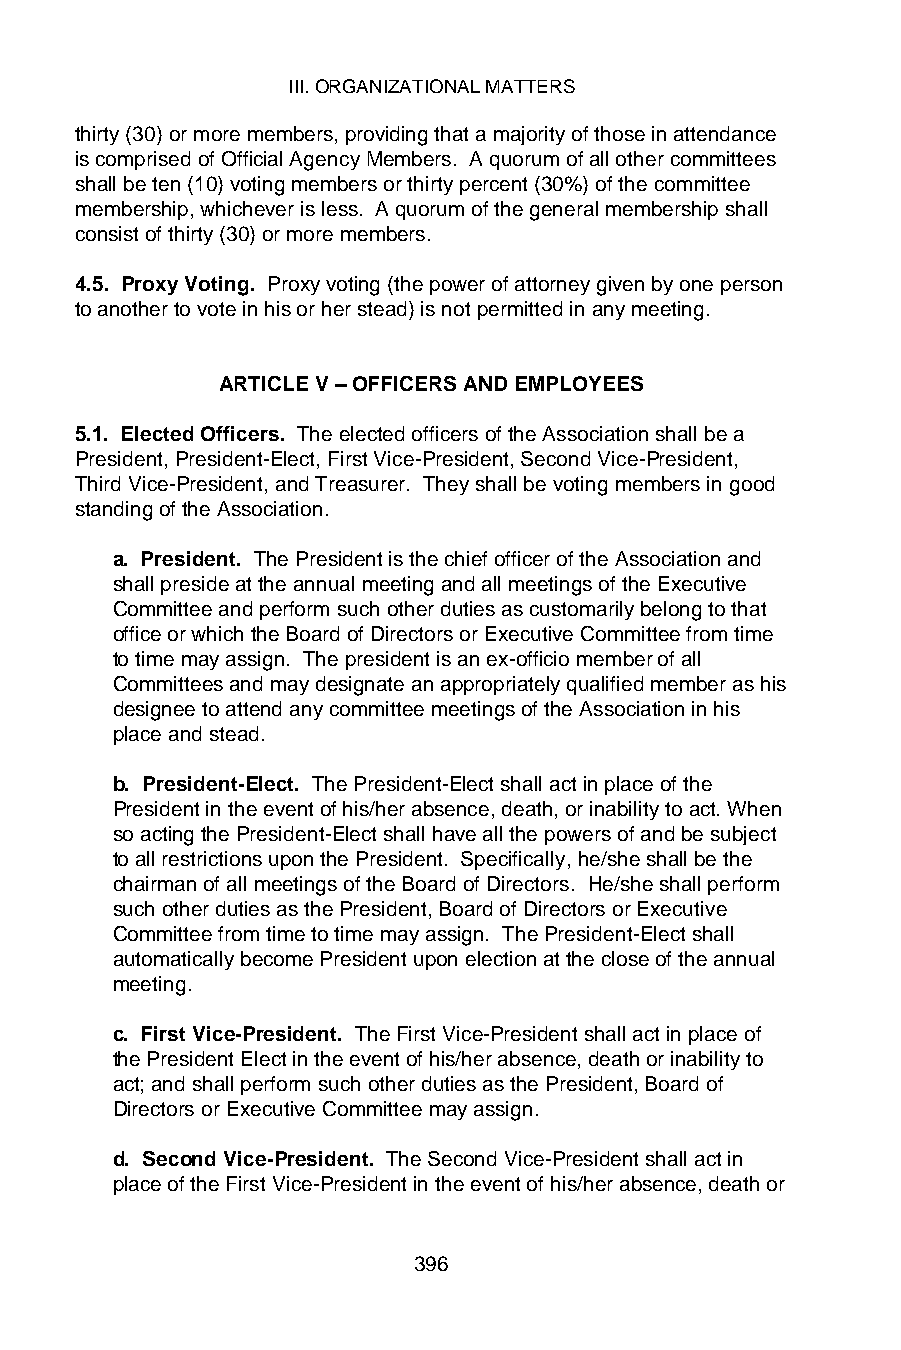
III. ORGANIZATIONAL MATTERS
 thirty (30) or more members, providing that a majority of those in attendance
 is comprised of Official Agency Members. A quorum of all other committees
 shall be ten (10) voting members or thirty percent (30%) of the committee
 membership, whichever is less. A quorum of the general membership shall
 consist of thirty (30) or more members.
 4.5. Proxy Voting. Proxy voting (the power of attorney given by one person
 to another to vote in his or her stead) is not permitted in any meeting.
 ARTICLE V – OFFICERS AND EMPLOYEES
 5.1. Elected Officers. The elected officers of the Association shall be a
 President, President-Elect, First Vice-President, Second Vice-President,
 Third Vice-President, and Treasurer. They shall be voting members in good
 standing of the Association.
 a. President. The President is the chief officer of the Association and
 shall preside at the annual meeting and all meetings of the Executive
 Committee and perform such other duties as customarily belong to that
 office or which the Board of Directors or Executive Committee from time
 to time may assign. The president is an ex-officio member of all
 Committees and may designate an appropriately qualified member as his
 designee to attend any committee meetings of the Association in his
 place and stead.
 b. President-Elect. The President-Elect shall act in place of the
 President in the event of his/her absence, death, or inability to act. When
 so acting the President-Elect shall have all the powers of and be subject
 to all restrictions upon the President. Specifically, he/she shall be the
 chairman of all meetings of the Board of Directors. He/she shall perform
 such other duties as the President, Board of Directors or Executive
 Committee from time to time may assign. The President-Elect shall
 automatically become President upon election at the close of the annual
 meeting.
 c. First Vice-President. The First Vice-President shall act in place of
 the President Elect in the event of his/her absence, death or inability to
 act; and shall perform such other duties as the President, Board of
 Directors or Executive Committee may assign.
 d. Second Vice-President. The Second Vice-President shall act in
 place of the First Vice-President in the event of his/her absence, death or
 396